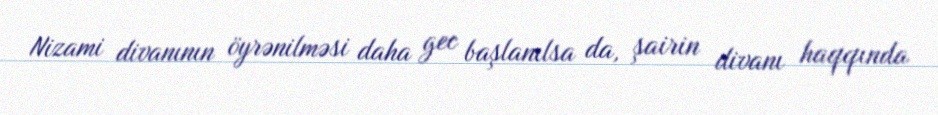
Nizami divanının öyrənilməsi daha gec başlanılsa da, şairin divanı haqqında